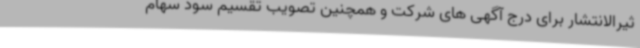
ثیرالانتشار برای درج آگهی های شرکت و همچنین تصویب تقسیم سود سهام